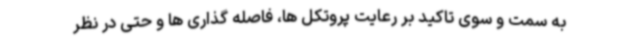
به سمت و سوی تاکید بر رعایت پروتکل ها، فاصله گذاری ها و حتی در نظر